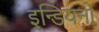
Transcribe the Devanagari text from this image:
इन्डियनों